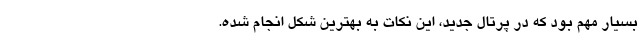
بسیار مهم بود که در پرتال جدید، این نکات به بهترین شکل انجام شده.